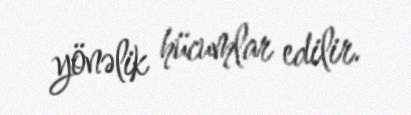
yönəlik hücumlar edilir.